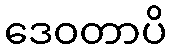
ဒေဝတာပိ